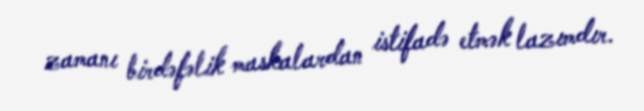
zamanı birdəfəlik maskalardan istifadə etmək lazımdır.